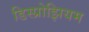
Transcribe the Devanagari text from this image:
डिस्प्रोझियम